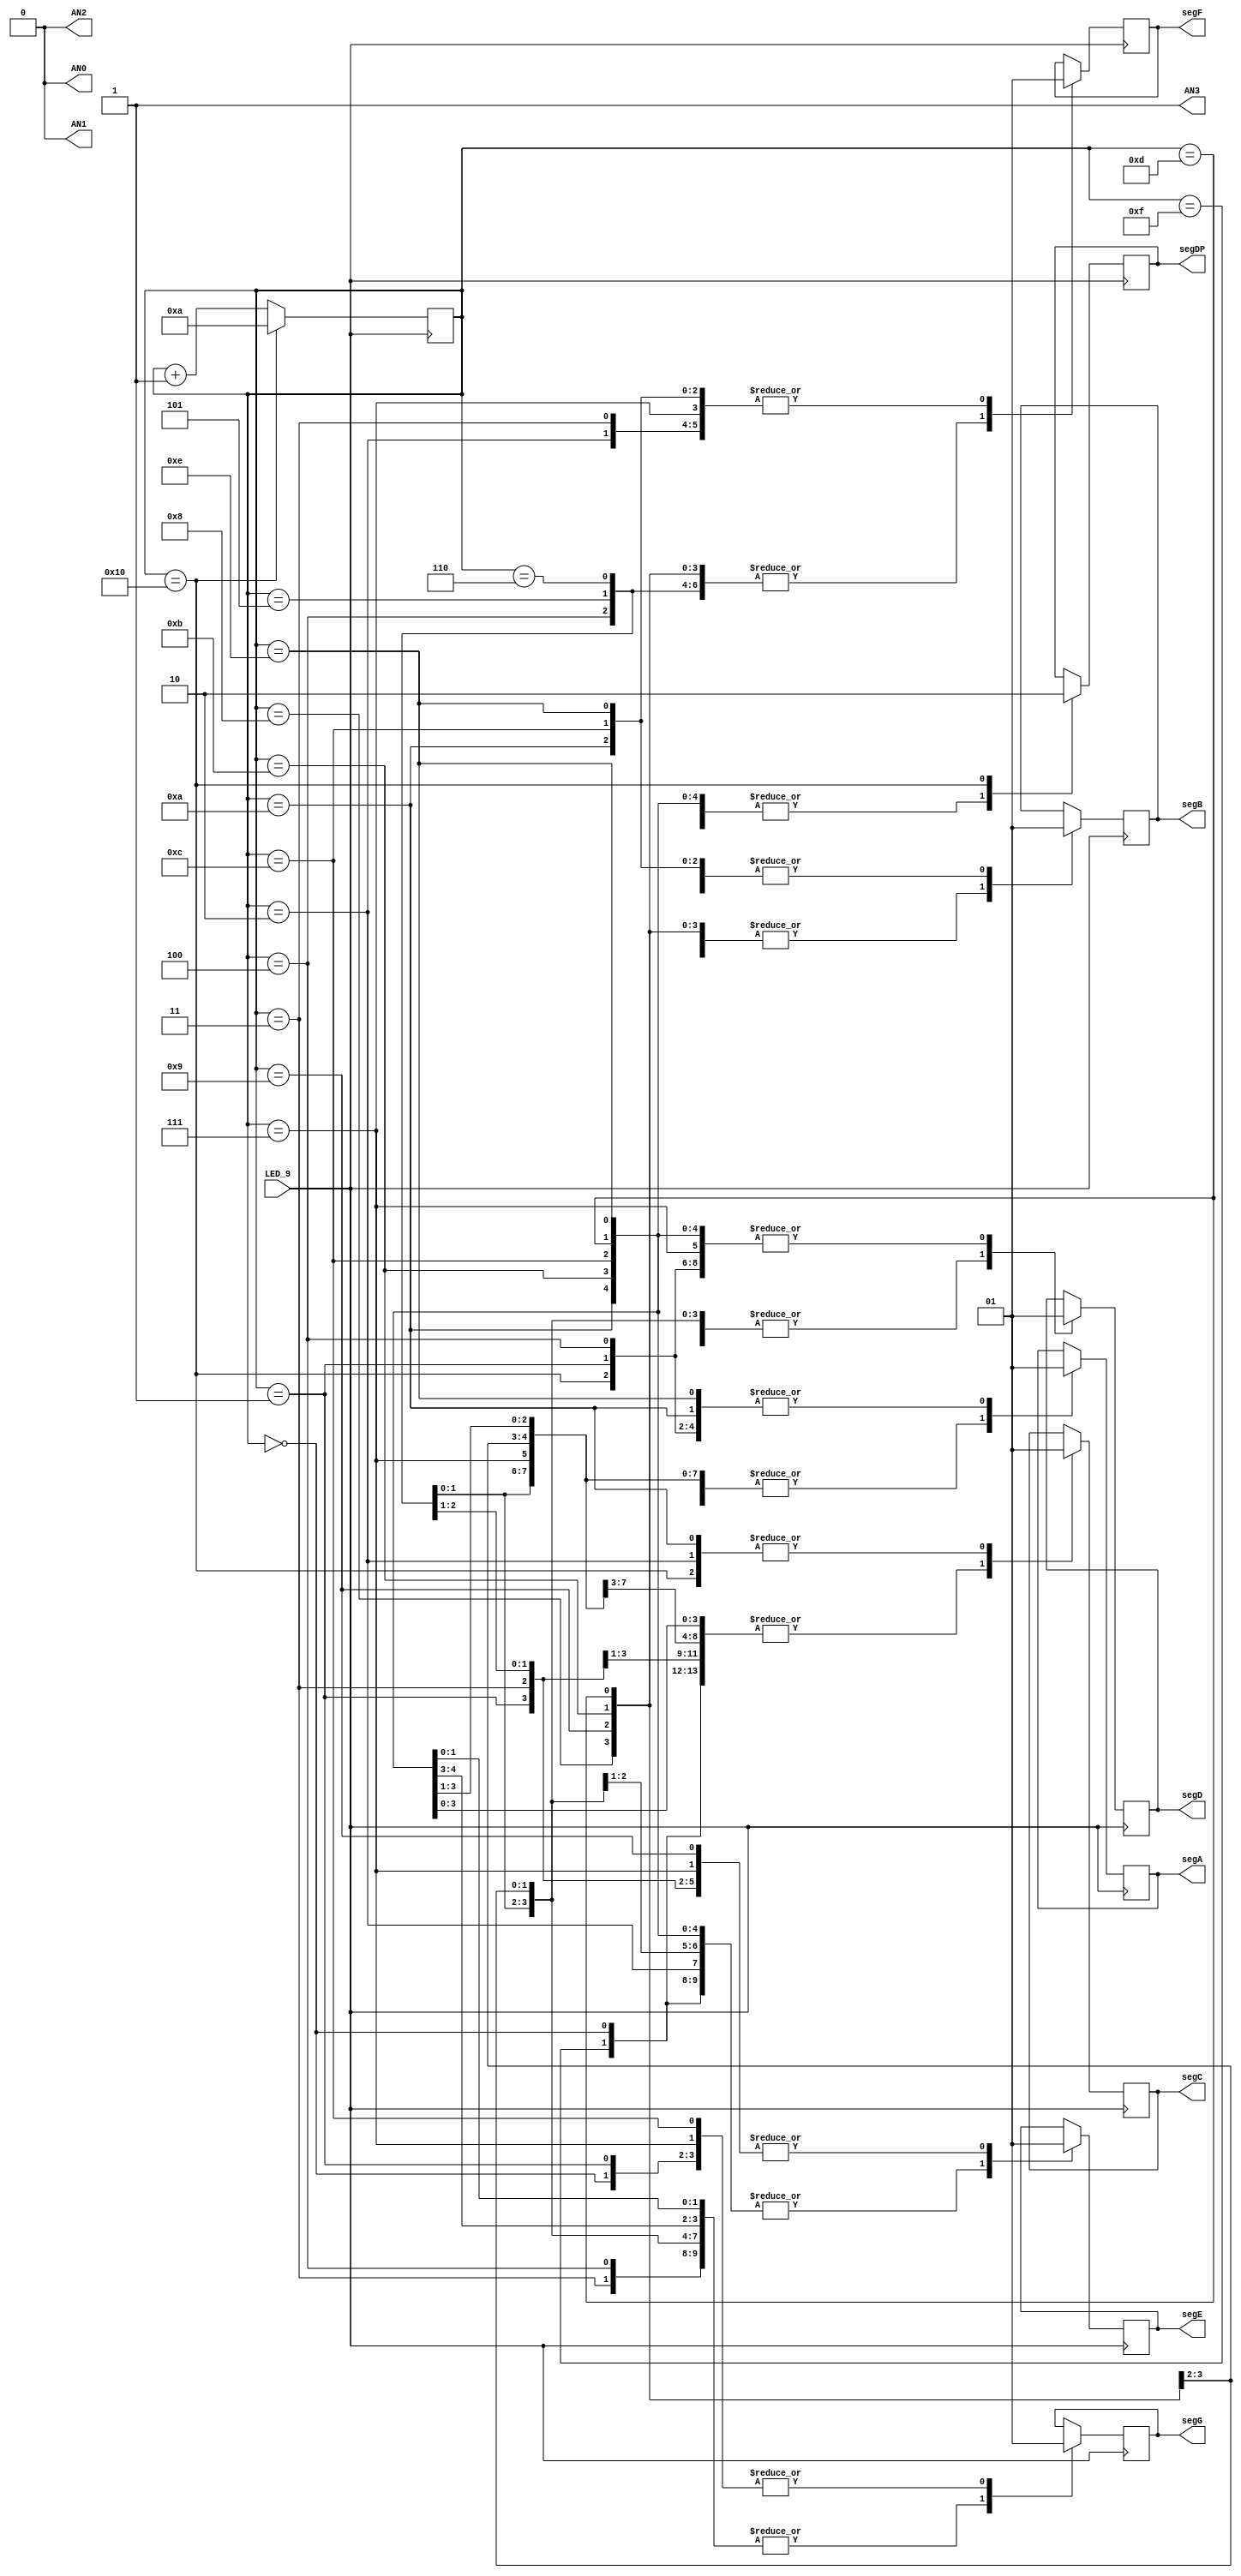
`timescale 1ns / 1ps
//////////////////////////////////////////////////////////////////////////////////
// Company: 
// Engineer: 
// 
// Design Name: 
// Module Name: Lab1_Homework
// Project Name: 
// Target Devices: 
// Tool Versions: 
// Description: 
// 
// Dependencies: 
// 
// Revision:
// Revision 0.01 - File Created
// Additional Comments:
// 
//////////////////////////////////////////////////////////////////////////////////


module seven_segment(
    input LED_9,
    output AN0,
    output AN1,
    output AN2,
    output AN3,
    output reg segA, segB, segC, segD, segE, segF, segG, segDP
    );
    
    reg [5:0]COUNT = 0;
    
//Assigning values for 7 SEG display - only for AN0, AN1, AN2, AN3
//2nd last digit is 8 so character to appear on AN0, AN1 & AN2 ONLY
    assign AN0 = 0;
    assign AN1 = AN0;
    assign AN2 = AN1;
    assign AN3 = 1;
    
    always @ (posedge LED_9) begin
       case(COUNT)
       // DIGITS
       //assigning values for the character to be displayed - 0
       5'd0:
           begin
               segA <= 0; segB <= 0; segC <= 0; segD <= 0; 
               segE <= 0; segF <= 0; segG <= 1; segDP <= 1;
           end
       // 1
       5'd1:
           begin
               segA <= 1; segB <= 0; segC <= 0; segD <= 1; 
               segE <= 1; segF <= 1; segG <= 1; segDP <= 1;
           end
       // 2
       5'd2:
           begin
               segA <= 0; segB <= 0; segC <= 1; segD <= 0; 
               segE <= 0; segF <= 1; segG <= 0; segDP <= 1;
           end
       // 3
       5'd3:
           begin
               segA <= 0; segB <= 0; segC <= 0; segD <= 0; 
               segE <= 1; segF <= 1; segG <= 0; segDP <= 1;
           end
       // 4
       5'd4:
           begin
               segA <= 1; segB <= 0; segC <= 0; segD <= 1; 
               segE <= 1; segF <= 0; segG <= 0; segDP <= 1;
           end
       // 5
       5'd5:
           begin
               segA <= 0; segB <= 1; segC <= 0; segD <= 0; 
               segE <= 1; segF <= 0; segG <= 0; segDP <= 1;
           end
       // 6
       5'd6:
           begin
               segA <= 0; segB <= 1; segC <= 0; segD <= 0; 
               segE <= 0; segF <= 0; segG <= 0; segDP <= 1;
           end
       // 7
       5'd7:
           begin
               segA <= 0; segB <= 0; segC <= 0; segD <= 1; 
               segE <= 1; segF <= 1; segG <= 1; segDP <= 1;
           end
       // 8
       5'd8:
           begin
               segA <= 0; segB <= 0; segC <= 0; segD <= 0; 
               segE <= 0; segF <= 0; segG <= 0; segDP <= 1;
           end
       // 9
       5'd9:
           begin
               segA <= 0; segB <= 0; segC <= 0; segD <= 0; 
               segE <= 1; segF <= 0; segG <= 0; segDP <= 1;
           end
           
       // START OF NAME
       // R
       5'd10:
          begin
              segA <= 1; segB <= 1; segC <= 1; segD <= 1; 
              segE <= 0; segF <= 1; segG <= 0; segDP <= 1;
          end
      // A
      5'd11:
          begin
              segA <= 0; segB <= 0; segC <= 0; segD <= 1; 
              segE <= 0; segF <= 0; segG <= 0; segDP <= 1;
          end
      // M
      5'd12:
          begin
              segA <= 0; segB <= 1; segC <= 0; segD <= 1; 
              segE <= 0; segF <= 1; segG <= 1; segDP <= 1;
          end
      // A
      5'd13:
          begin
             segA <= 0; segB <= 0; segC <= 0; segD <= 1; 
             segE <= 0; segF <= 0; segG <= 0; segDP <= 1;
          end
      // N
      5'd14:
          begin
              segA <= 1; segB <= 1; segC <= 0; segD <= 1; 
              segE <= 0; segF <= 1; segG <= 0; segDP <= 1;
          end          
      // A
      5'd15:
          begin
              segA <= 0; segB <= 0; segC <= 0; segD <= 1; 
              segE <= 0; segF <= 0; segG <= 0; segDP <= 1;
          end
      // period
      5'd16:
          begin
             segA <= 1; segB <= 1; segC <= 1; segD <= 1; 
             segE <= 1; segF <= 1; segG <= 1; segDP <= 0;
          end
     endcase
     // looping back to start of name
     COUNT <= (COUNT == 5'd16) ? 4'd10 : COUNT + 1; 
     end 
endmodule